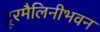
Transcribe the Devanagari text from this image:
टूरमैलिनीभवन